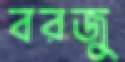
বরজু